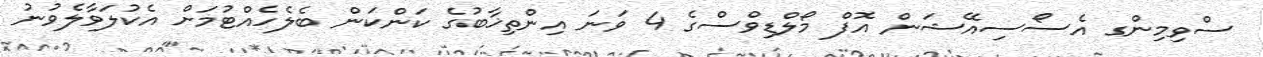
ސްވިމިންގ އެސޯސިއޭޝަން އޮފް މޯލްޑިވްސްގެ 4 ވަނަ އިންތިޚާބުގެ ކަންކަން ބެލެހެއްޓުމަށް އެކުލަވާލެވުނު